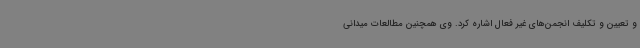
و تعیین و تکلیف انجمن‌های غیر فعال اشاره کرد. وی همچنین مطالعات میدانی